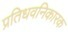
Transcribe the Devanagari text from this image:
प्रतिधवनिकारक